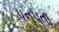
પનપતા